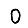
Digit: 0